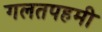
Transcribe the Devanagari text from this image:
गलतपहमी